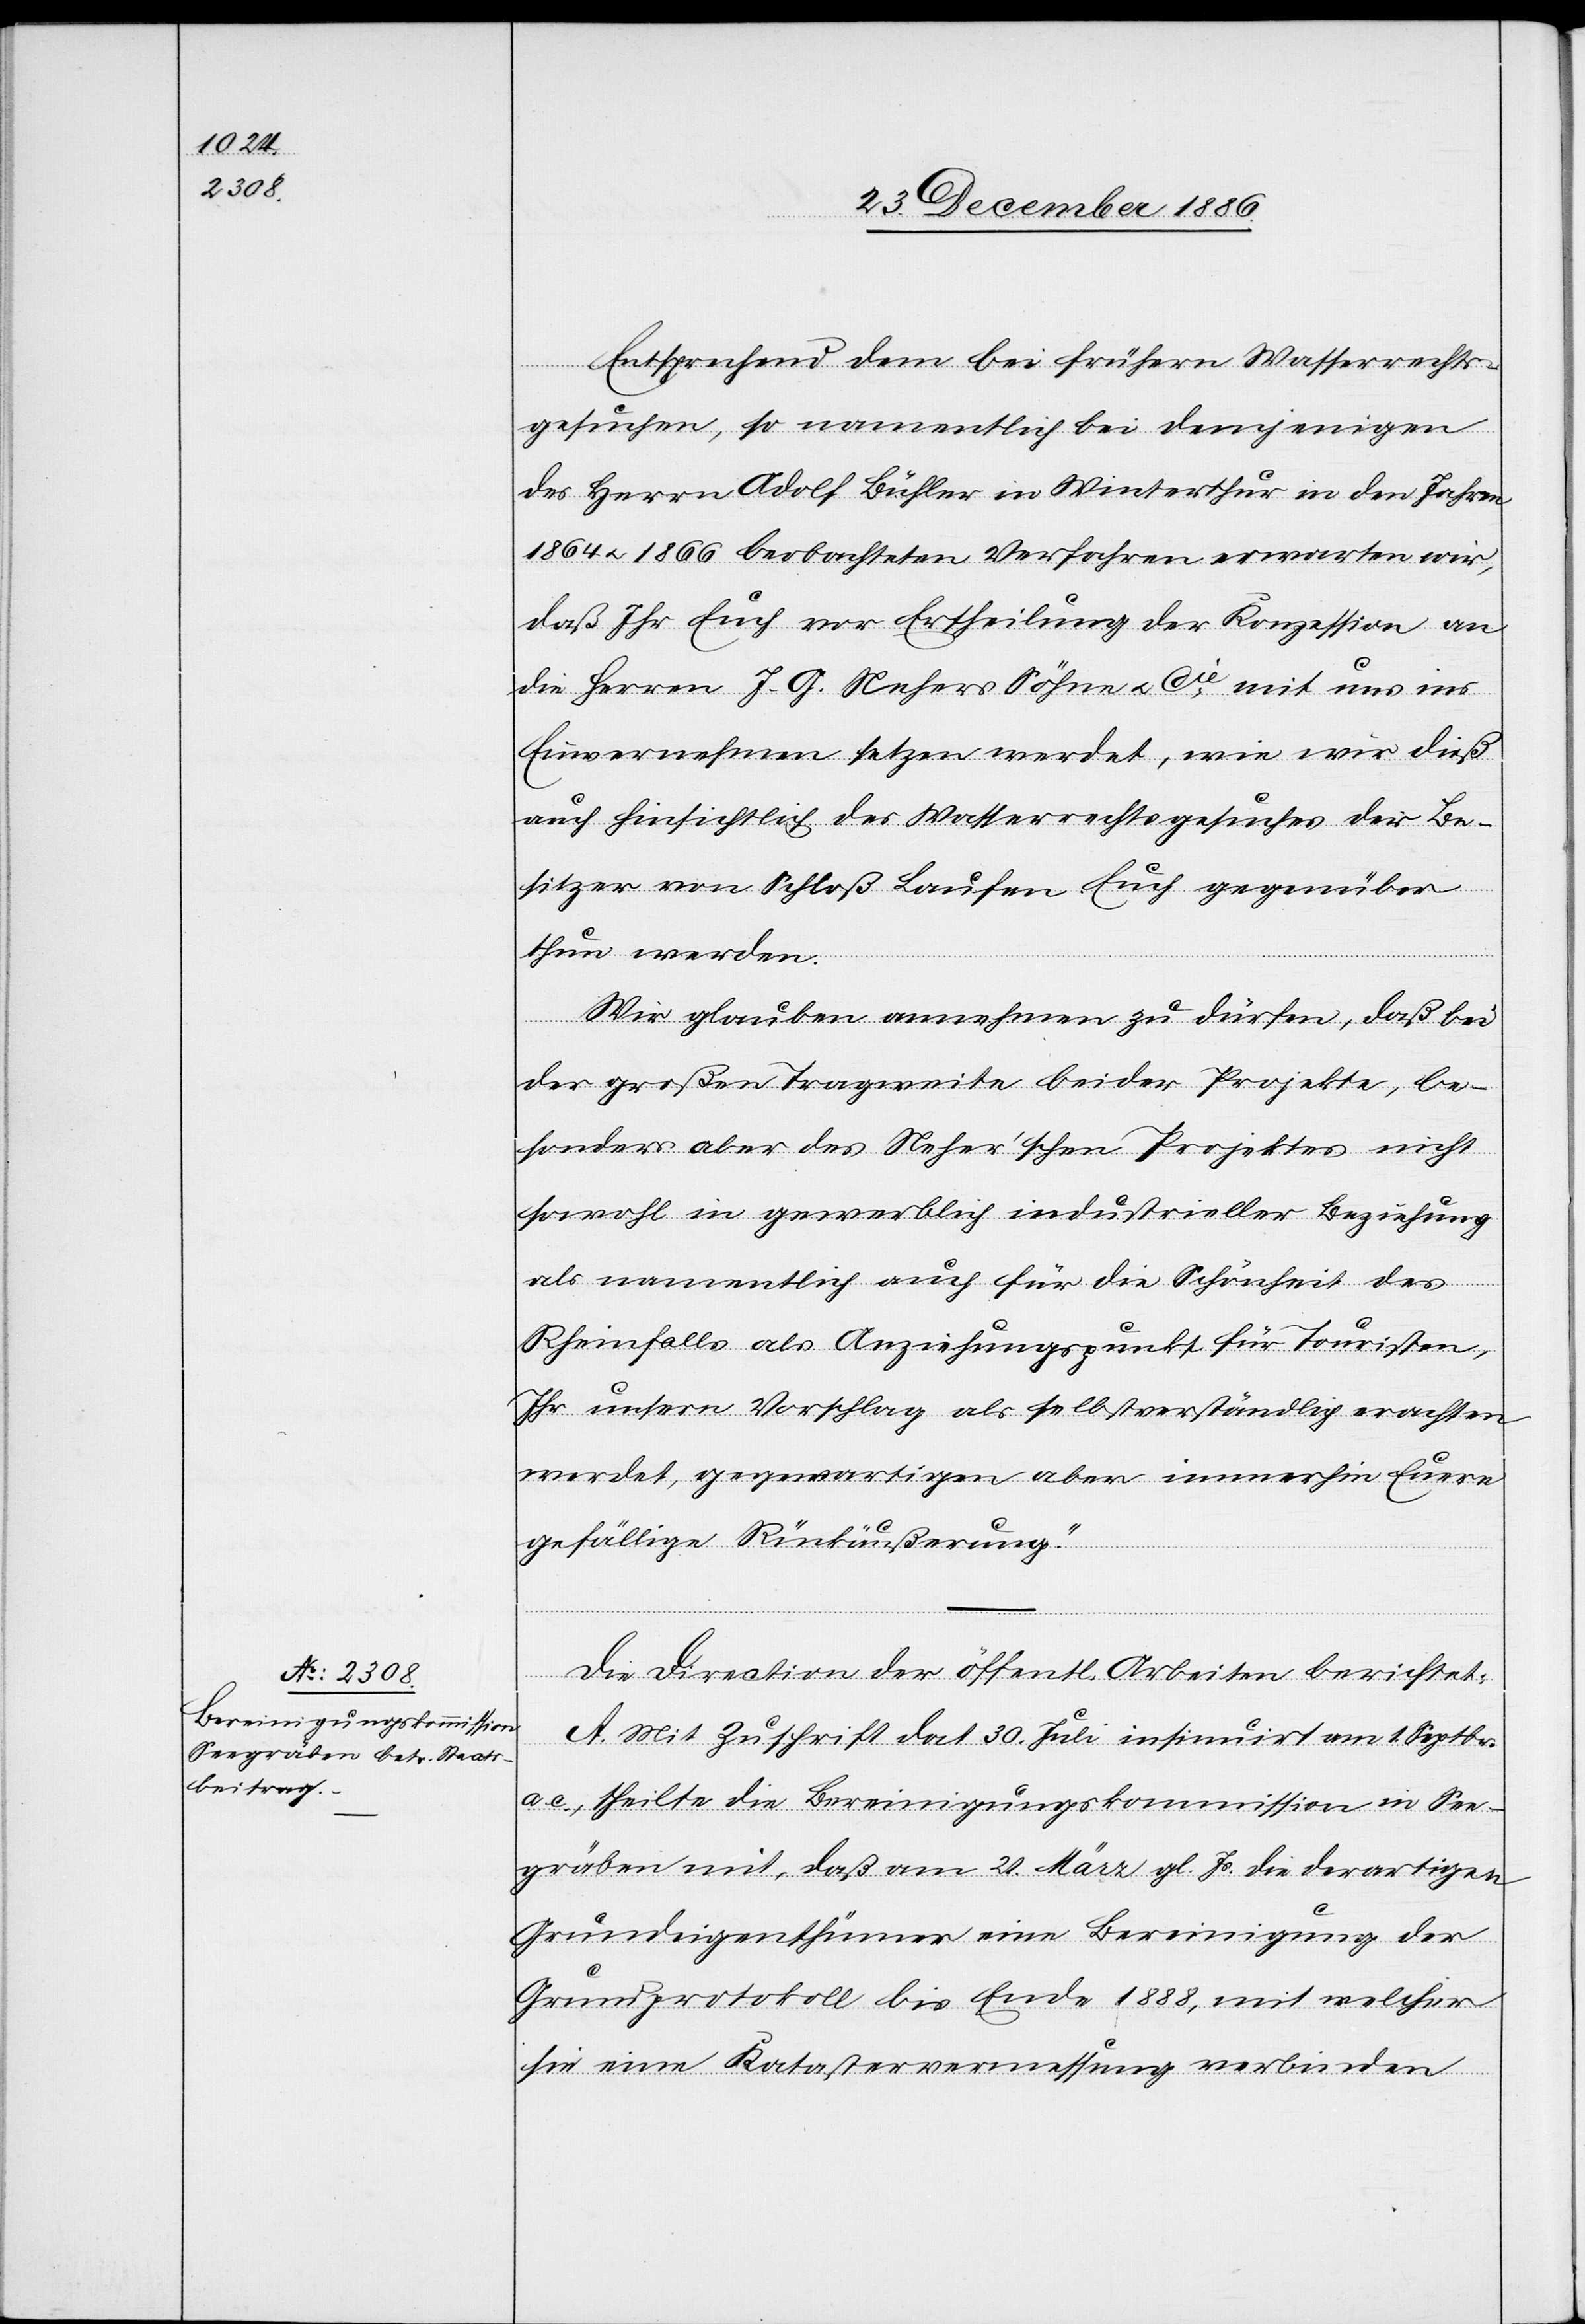
Die Direction der öffentl. Arbeiten berichtet:
A. Mit Zuschrift dat. 30. Juli, insinuirt am 1. Septbr.
a. c., theilte die Bereinigungskommission in See¬
gräben mit, daß am 20. März gl. Js. die derartigen
Grundeigenthümer eine Bereinigung der
Grundprotokoll [sic!] bis Ende 1888, mit welcher
sie eine Katastervermessung verbinden